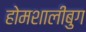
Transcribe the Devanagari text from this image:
होमशालीबुग